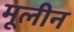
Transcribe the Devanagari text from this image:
मूलीन